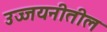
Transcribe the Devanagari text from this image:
उज्जयनीतील